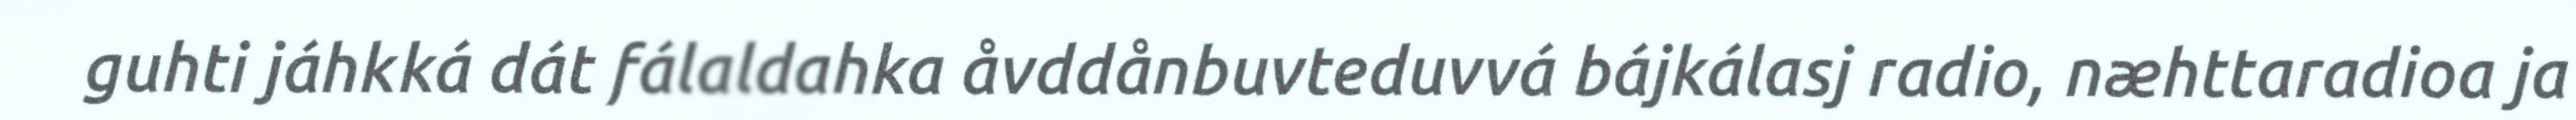
guhti jáhkká dát fálaldahka åvddånbuvteduvvá bájkálasj radio, næhttaradioa ja